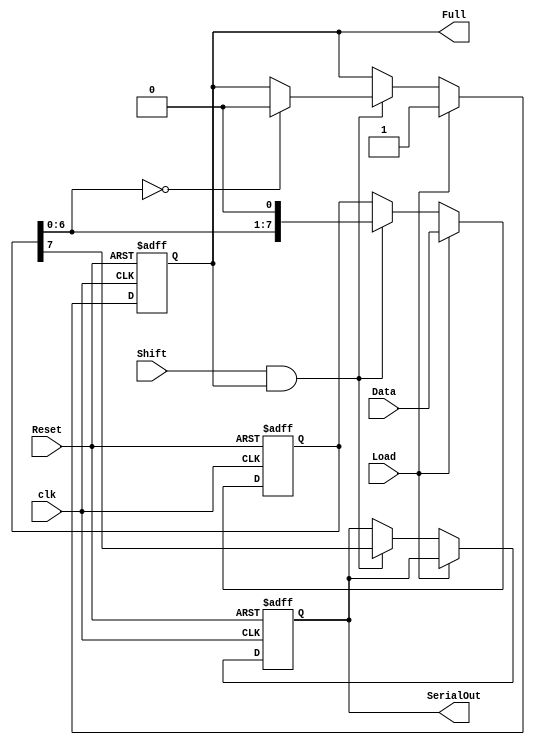
module LoadablePISO #(
    parameter WIDTH = 8  // Parameter for the width of the register
)(
    input wire Load,          // Control signal to load parallel data
    input wire [WIDTH-1:0] Data, // Parallel data input
    input wire Shift,         // Control signal to shift out data serially
    input wire clk,           // Clock signal
    input wire Reset,         // Asynchronous reset signal
    output reg SerialOut,     // Serial output
    output reg Full           // Indicates when the register is full
);

    reg [WIDTH-1:0] shift_reg; // Internal shift register

    // Asynchronous reset
    always @(posedge clk or posedge Reset) begin
        if (Reset) begin
            shift_reg <= 0;     // Clear the register
            Full <= 0;          // Register is not full
            SerialOut <= 0;     // Clear serial output
        end else begin
            if (Load) begin
                shift_reg <= Data; // Load data into the register
                Full <= 1;         // Indicate that the register is full
            end else if (Shift && Full) begin
                SerialOut <= shift_reg[WIDTH-1]; // Output MSB
                shift_reg <= {shift_reg[WIDTH-2:0], 1'b0}; // Shift left
                if (shift_reg[WIDTH-2:0] == 0) begin
                    Full <= 0; // Reset full flag when all bits are shifted out
                end
            end
        end
    end

endmodule